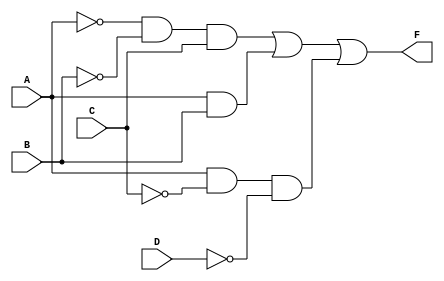
module combinational_logic (
    input wire A,   // Input A
    input wire B,   // Input B
    input wire C,   // Input C
    input wire D,   // Input D
    output wire F   // Output F
);

// Intermediate signals for the logic expressions
wire A_not, B_not, C_not, D_not;
wire term1, term2, term3;

// Invert the inputs
not (A_not, A);
not (B_not, B);
not (C_not, C);
not (D_not, D);

// Define the terms of the logic expression
assign term1 = A_not & B_not & C;      // A'B'C
assign term2 = A & B;                   // AB
assign term3 = A & C_not & D_not;       // AC'D'

// Combine the terms to produce the final output
assign F = term1 | term2 | term3;       // F = A'B'C + AB + AC'D'

endmodule